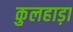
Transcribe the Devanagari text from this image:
कुलहाड़ा